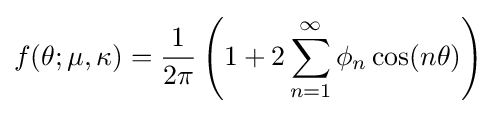
f(\theta ;\mu ,\kappa )={\frac {1}{2\pi }}\left(1+2\sum _{n=1}^{\infty }\phi _{n}\cos(n\theta )\right)